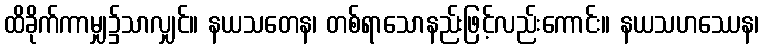
ထိခိုက်ကာမျှ၌သာလျှင်။ နယသတေန၊ တစ်ရာသောနည်းဖြင့်လည်းကောင်း။ နယသဟဿေန၊